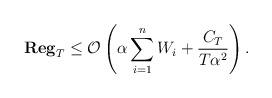
LaTeX: \begin{align*}\mathbf{Reg}_T &\leq \mathcal{O}\left(\alpha \sum_{i=1}^n W_i+ \frac{C_T}{T\alpha^2}\right).\end{align*}